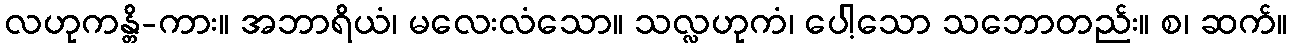
လဟုကန္တိ-ကား။ အဘာရိယံ၊ မလေးလံသော။ သလ္လဟုကံ၊ ပေါ့သော သဘောတည်း။ စ၊ ဆက်။